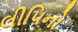
લીપિનો